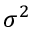
\sigma ^ { 2 }